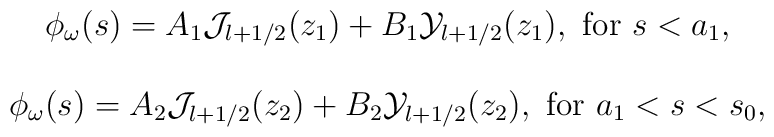
\begin{array}{c}    \phi_\omega(s)=A_1 {\cal J}_{l+1/2}(z_1)+    B_1 {\cal Y}_{l+1/2}(z_1), {\rm \ for \ }s<a_1, \\ \\    \phi_\omega(s)= A_2 {\cal J}_{l+1/2}(z_2) +    B_2 {\cal Y}_{l+1/2}(z_2), {\rm \ for \ }a_1<s<s_0,  \end{array}